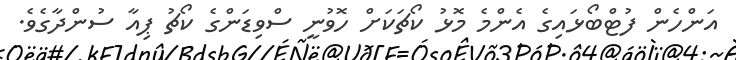
އަންހެން ފުޓްބޯޅައިގެ އެންމެ މޮޅު ކޯޗަކަށް ހޮވުނީ ސްވިޑަންގެ ކޯޗު ޕިއާ ސުންދާގެވެ.